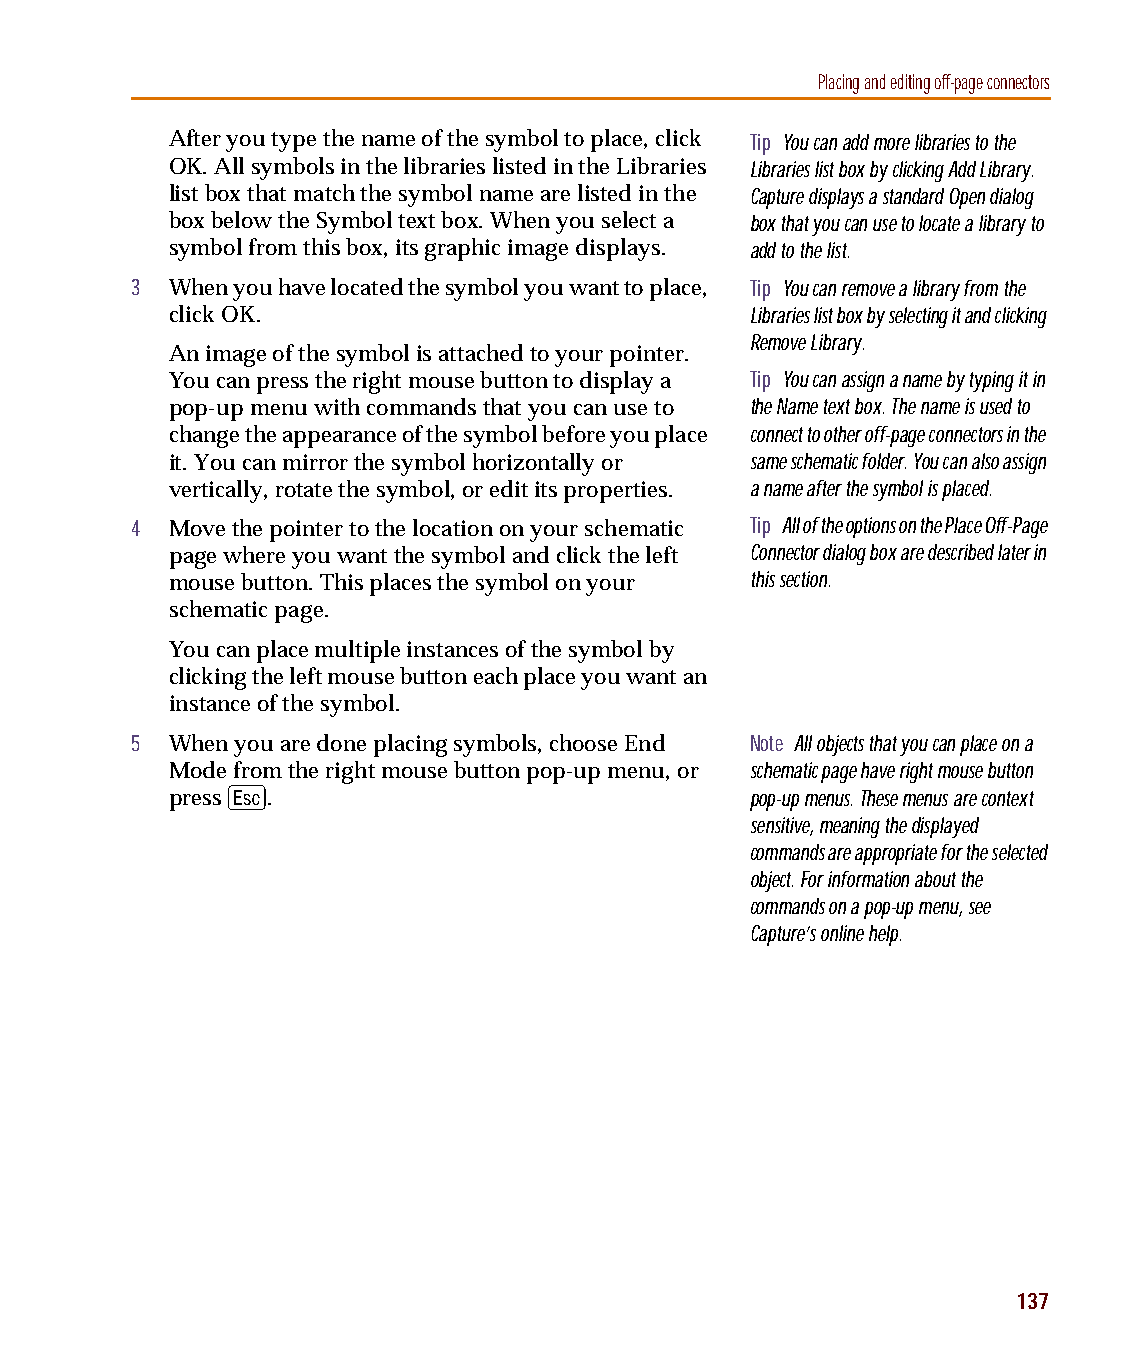
capug.book Page 137 Thursday, November 12, 1998 3:38 PM
 Placing and editing off-page connectors
 After you type the name of the symbol to place, click Tip You can add more libraries to the
 OK. All symbols in the libraries listed in the Libraries Libraries list box by clicking Add Library.
 list box that match the symbol name are listed in the Capture displays a standard Open dialog
 box below the Symbol text box. When you select a box that you can use to locate a library to
 symbol from this box, its graphic image displays. add to the list.
 3 When you have located the symbol you want to place, Tip You can remove a library from the
 click OK.                              Libraries list box by selecting it and clicking
 Remove Library.
 An image of the symbol is attached to your pointer.
 You can press the right mouse button to display a Tip You can assign a name by typing it in
 pop-up menu with commands that you can use to the Name text box. The name is used to
 change the appearance of the symbol before you place connect to other off-page connectors in the
 it. You can mirror the symbol horizontally or same schematic folder. You can also assign
 vertically, rotate the symbol, or edit its properties. a name after the symbol is placed.
 4 Move the pointer to the location on your schematic Tip All of the options on the Place Off-Page
 page where you want the symbol and click the left Connector dialog box are described later in
 mouse button. This places the symbol on your this section.
 schematic page.
 You can place multiple instances of the symbol by
 clicking the left mouse button each place you want an
 instance of the symbol.
 5 When you are done placing symbols, choose End Note All objects that you can place on a
 Mode from the right mouse button pop-up menu, or schematic page have right mouse button
 E
 press  .                               pop-up menus. These menus are context
 sensitive, meaning the displayed
 commands are appropriate for the selected
 object. For information about the
 commands on a pop-up menu, see
 Capture’s online help.
 137